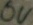
Text: 0V